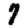
Digit: 7